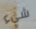
شيء